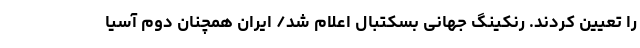
را تعیین کردند. رنکینگ جهانی بسکتبال اعلام شد/ ایران همچنان دوم آسیا